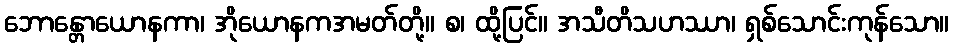
ဘောန္တောယောနကာ၊ အိုယောနကအမတ်တို့။ စ၊ ထို့ပြင်။ အသီတိသဟဿာ၊ ရှစ်သောင်းကုန်သော။